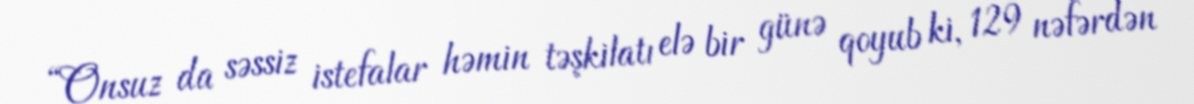
“Onsuz da səssiz istefalar həmin təşkilatı elə bir günə qoyub ki, 129 nəfərdən